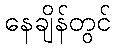
နေချိန်တွင်